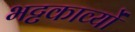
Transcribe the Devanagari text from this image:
भट्टकाव्यों